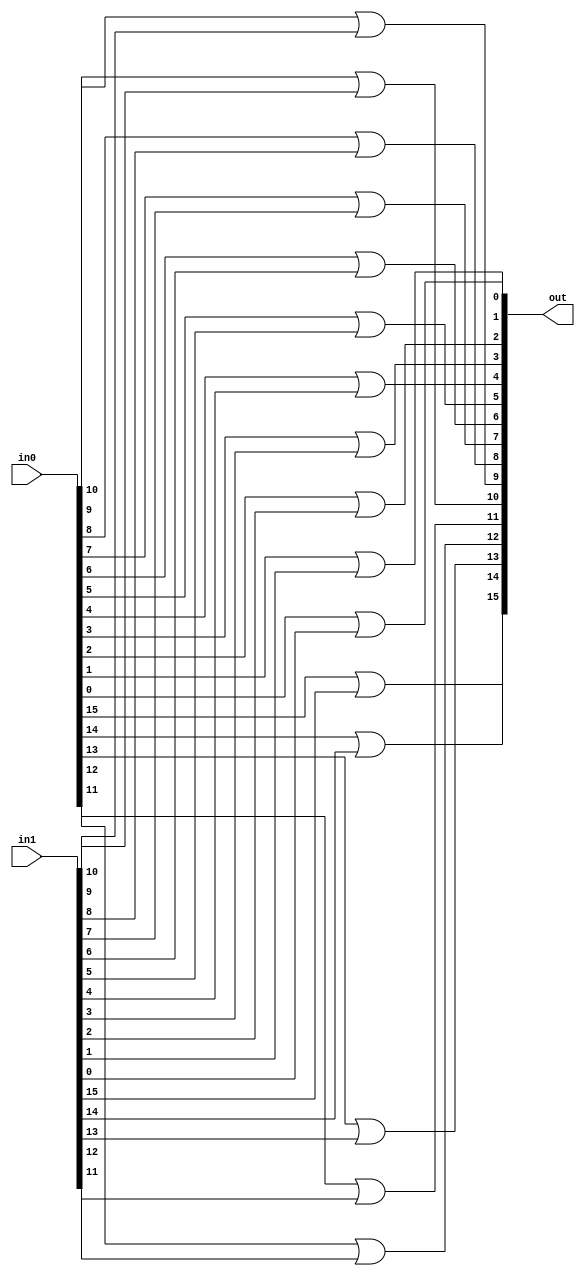
module Or16(in0, in1, out);
input [0:15] in0, in1;
output [0:15] out;

or o00(out[0], in0[0], in1[0]);
or o01(out[1], in0[1], in1[1]);
or o02(out[2], in0[2], in1[2]);
or o03(out[3], in0[3], in1[3]);
or o04(out[4], in0[4], in1[4]);
or o05(out[5], in0[5], in1[5]);
or o06(out[6], in0[6], in1[6]);
or o07(out[7], in0[7], in1[7]);
or o08(out[8], in0[8], in1[8]);
or o09(out[9], in0[9], in1[9]);
or o10(out[10], in0[10], in1[10]);
or o11(out[11], in0[11], in1[11]);
or o12(out[12], in0[12], in1[12]);
or o13(out[13], in0[13], in1[13]);
or o14(out[14], in0[14], in1[14]);
or o15(out[15], in0[15], in1[15]);

endmodule